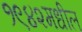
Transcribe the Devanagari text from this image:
१९४२मधील